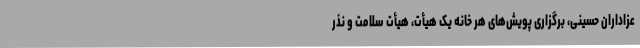
عزاداران حسینی، برگزاری پویش‌های هر خانه یک هیأت، هیأت سلامت و نذر